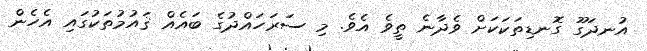
އުނދަގޫ ގޮނޑިތަކަކަށް ވެދާނެ ތީވެ އެވެ. މި ސަރަހައްދުގެ ބައެއް ޤައުމުތަކުގައި އެހެން